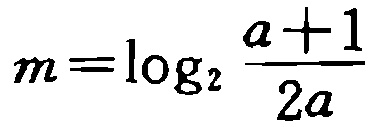
\(m=\log_{2}\frac{a + 1}{2a}\)